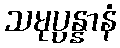
သမုပ္ပန္နာနံ